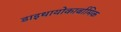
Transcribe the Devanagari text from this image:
डाइथायोकार्बामिक